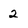
Character: 2